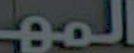
المهـ